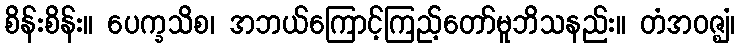
စိန်းစိန်း။ ပေက္ခသိစ၊ အဘယ်ကြောင့်ကြည့်တော်မူဘိသနည်း။ တံအဝဇ္ဈံ၊